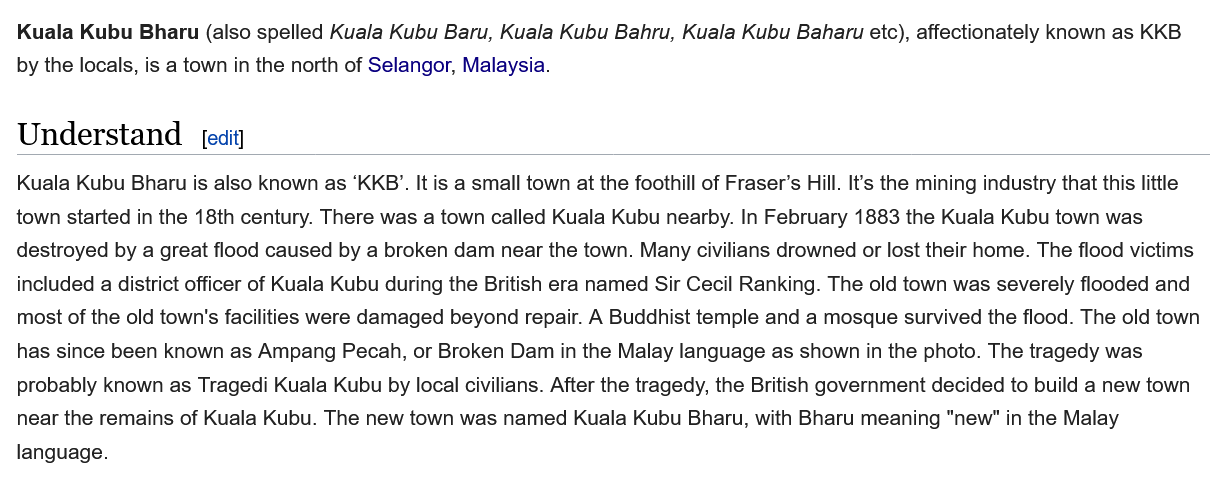
Kuala Kubu  Bharu (also spelled Kua/a Kubu Baru, Kuala Kubu Bahru, Kuala Kubu Baharu etc), affectionately known as KKB
  by the locals, is a town in the north of Selangor, Malaysia.
  Understand
  Kuala Kubu Bharu is also known as ‘KKB’. It is a small town at the foothill of Fraser’s Hill. It’s the mining industry that this little
  town started in the 18th century. There was a town called Kuala Kubu nearby. In February 1883 the Kuala Kubu town was
  destroyed by a great flood caused by a broken dam near the town. Many civilians drowned or lost their home. The flood victims
  included
  a
     district officer of Kuala Kubu during the British era named Sir Cecil Ranking. The old town was severely flooded and
  most of the old town's facilities were damaged beyond repair. A Buddhist temple and a mosque survived the flood. The old town
  has since been known as Ampang Pecah, or Broken Dam in the Malay language as shown in the photo. The tragedy was
  probably known as Tragedi Kuala Kubu by local civilians. After the tragedy, the British government decided to build a new town
  near the remains of Kuala Kubu. The new town was named Kuala Kubu Bharu, with Bharu meaning "new" in the Malay
  language.
     [edit]